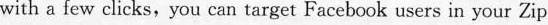
with a few clicks, you can target Faccbook users itn your Zip